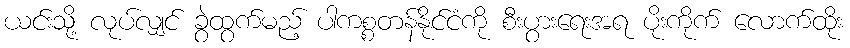
ယင်းသို့ လုပ်လျှင် ခွဲထွက်မည့် ပါကစ္စတန်နိုင်ငံကို စီးပွားရေးအရ ပိုးကိုက် လောက်ထိုး